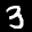
Label: 3